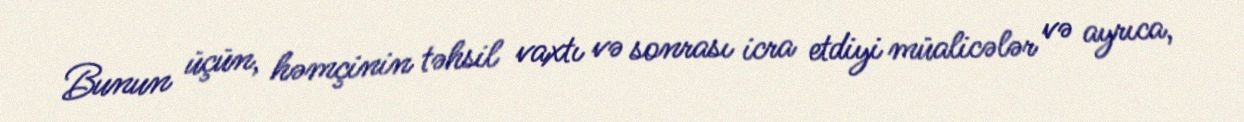
Bunun üçün, həmçinin təhsil vaxtı və sonrası icra etdiyi müalicələr və ayrıca,